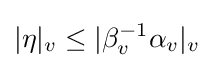
|\eta |_{v}\leq |\beta _{v}^{-1}\alpha _{v}|_{v}